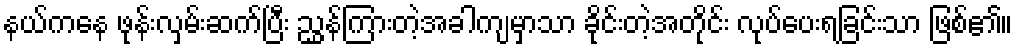
နယ်ကနေ ဖုန်းလှမ်းဆက်ပြီး ညွှန်ကြားတဲ့အခါကျမှာသာ ခိုင်းတဲ့အတိုင်း လုပ်ပေးရခြင်းသာ ဖြစ်၏။